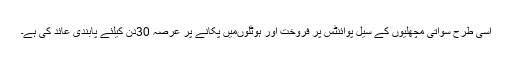
اسی طرح سواتی مچھلیوں کے سیل پوائنٹس پر فروخت اور ہوٹلوںمیں پکانے پر عرصہ 30دن کیلئے پابندی عائد کی ہے۔